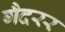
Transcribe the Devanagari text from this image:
गैदरर